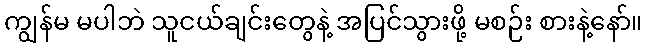
ကျွန်မ မပါဘဲ သူငယ်ချင်းတွေနဲ့ အပြင်သွားဖို့ မစဉ်း စားနဲ့နော်။